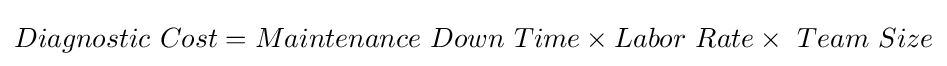
Diagnostic\ Cost=Maintenance\ Down\ Time\times Labor\ Rate\times \ Team\ Size